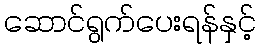
ဆောင်ရွက်ပေးရန်နှင့်